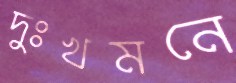
দুঃখমনে